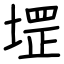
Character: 堽